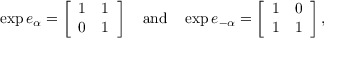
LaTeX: \exp e _ { \alpha } = \left[ \begin{array} { c c } { { 1 } } & { { 1 } } \\ { { 0 } } & { { 1 } } \end{array} \right] ~ ~ ~ \mathrm { a n d } ~ ~ ~ \exp e _ { - \alpha } = \left[ \begin{array} { c c } { { 1 } } & { { 0 } } \\ { { 1 } } & { { 1 } } \end{array} \right] ,